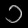
Digit: ၁